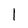
Character: 1